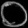
Digit: ၀